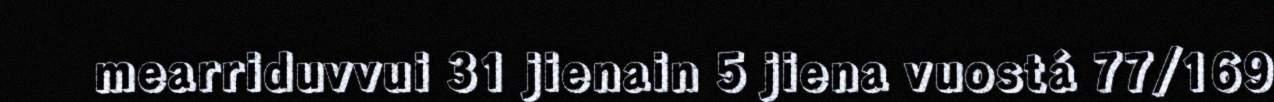
mearriduvvui 31 jienain 5 jiena vuostá 77/169